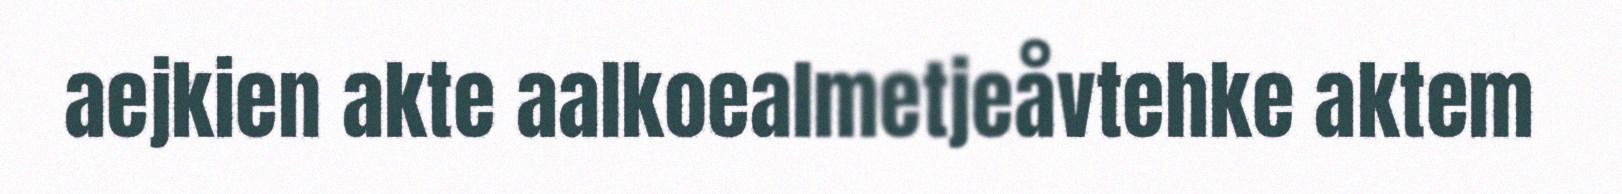
aejkien akte aalkoealmetjeåvtehke aktem